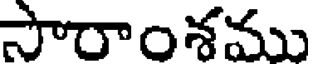
సౌరాంశము